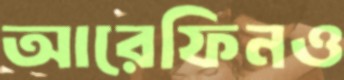
আরেফিনও